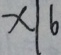
x \vert 6